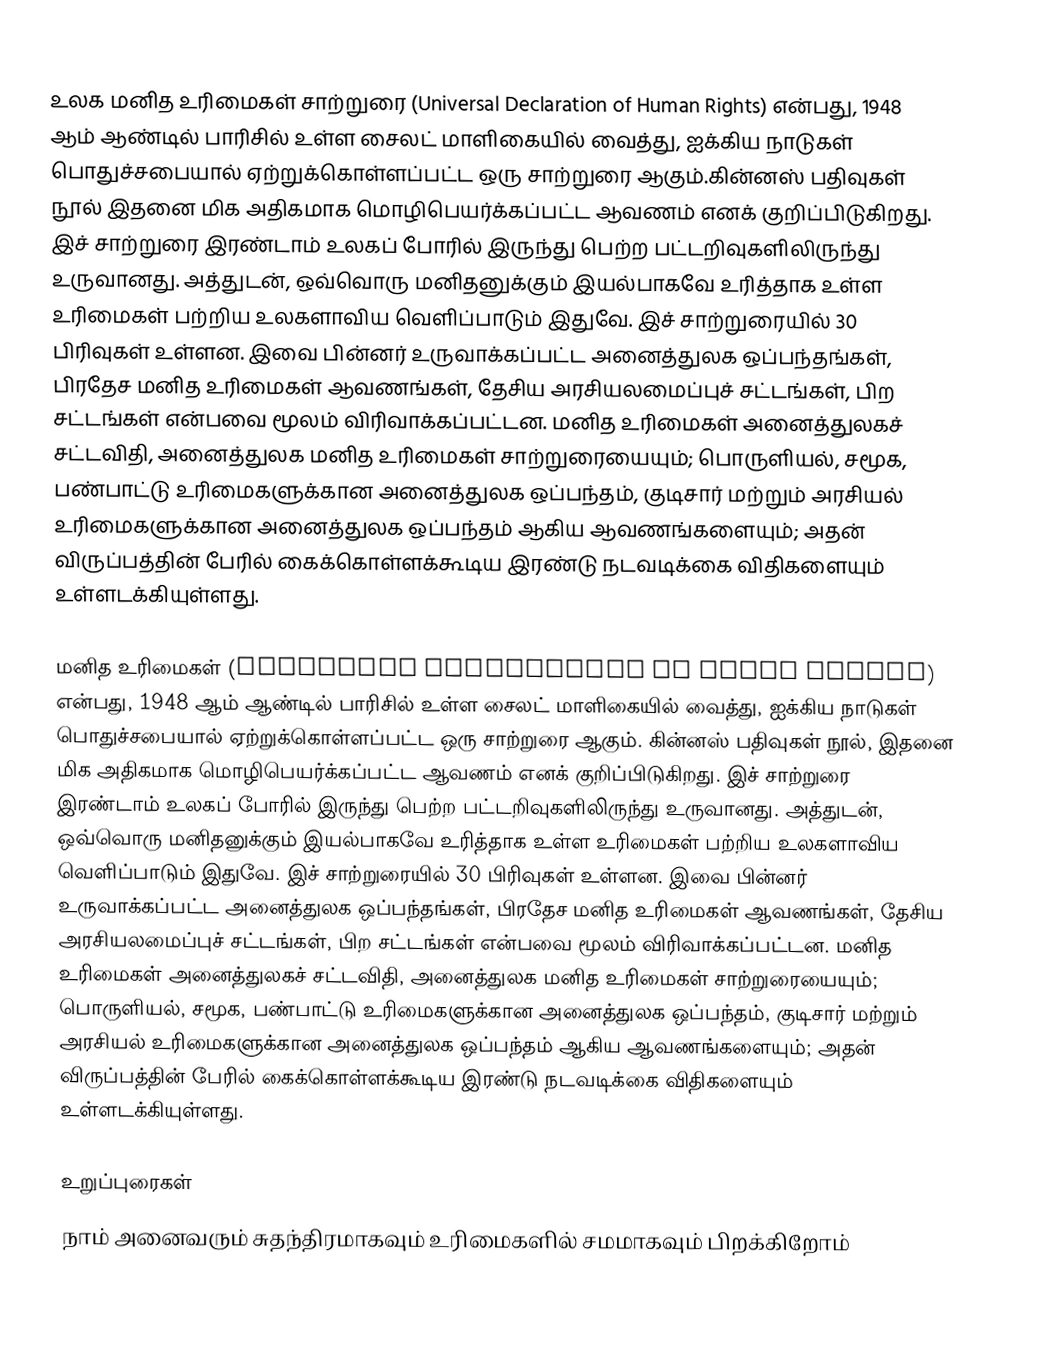
உலக மனித உரிமைகள் சாற்றுரை (Universal Declaration of Human Rights) என்பது, 1948 ஆம் ஆண்டில் பாரிசில் உள்ள சைலட் மாளிகையில் வைத்து, ஐக்கிய நாடுகள் பொதுச்சபையால் ஏற்றுக்கொள்ளப்பட்ட ஒரு சாற்றுரை ஆகும்.கின்னஸ் பதிவுகள் நூல் இதனை மிக அதிகமாக மொழிபெயர்க்கப்பட்ட ஆவணம் எனக் குறிப்பிடுகிறது. இச் சாற்றுரை இரண்டாம் உலகப் போரில் இருந்து பெற்ற பட்டறிவுகளிலிருந்து உருவானது. அத்துடன், ஒவ்வொரு மனிதனுக்கும் இயல்பாகவே உரித்தாக உள்ள உரிமைகள் பற்றிய உலகளாவிய வெளிப்பாடும் இதுவே. இச் சாற்றுரையில் 30 பிரிவுகள் உள்ளன. இவை பின்னர் உருவாக்கப்பட்ட அனைத்துலக ஒப்பந்தங்கள், பிரதேச மனித உரிமைகள் ஆவணங்கள், தேசிய அரசியலமைப்புச் சட்டங்கள், பிற சட்டங்கள் என்பவை மூலம் விரிவாக்கப்பட்டன. மனித உரிமைகள் அனைத்துலகச் சட்டவிதி, அனைத்துலக மனித உரிமைகள் சாற்றுரையையும்; பொருளியல், சமூக, பண்பாட்டு உரிமைகளுக்கான அனைத்துலக ஒப்பந்தம், குடிசார் மற்றும் அரசியல் உரிமைகளுக்கான அனைத்துலக ஒப்பந்தம் ஆகிய ஆவணங்களையும்; அதன் விருப்பத்தின் பேரில் கைக்கொள்ளக்கூடிய இரண்டு நடவடிக்கை விதிகளையும் உள்ளடக்கியுள்ளது.

மனித உரிமைகள் (Universal Declaration of Human Rights) என்பது, 1948 ஆம் ஆண்டில் பாரிசில் உள்ள சைலட் மாளிகையில் வைத்து, ஐக்கிய நாடுகள் பொதுச்சபையால் ஏற்றுக்கொள்ளப்பட்ட ஒரு சாற்றுரை ஆகும். கின்னஸ் பதிவுகள் நூல், இதனை மிக அதிகமாக மொழிபெயர்க்கப்பட்ட ஆவணம் எனக் குறிப்பிடுகிறது. இச் சாற்றுரை இரண்டாம் உலகப் போரில் இருந்து பெற்ற பட்டறிவுகளிலிருந்து உருவானது. அத்துடன், ஒவ்வொரு மனிதனுக்கும் இயல்பாகவே உரித்தாக உள்ள உரிமைகள் பற்றிய உலகளாவிய வெளிப்பாடும் இதுவே. இச் சாற்றுரையில் 30 பிரிவுகள் உள்ளன. இவை பின்னர் உருவாக்கப்பட்ட அனைத்துலக ஒப்பந்தங்கள், பிரதேச மனித உரிமைகள் ஆவணங்கள், தேசிய அரசியலமைப்புச் சட்டங்கள், பிற சட்டங்கள் என்பவை மூலம் விரிவாக்கப்பட்டன. மனித உரிமைகள் அனைத்துலகச் சட்டவிதி, அனைத்துலக மனித உரிமைகள் சாற்றுரையையும்; பொருளியல், சமூக, பண்பாட்டு உரிமைகளுக்கான அனைத்துலக ஒப்பந்தம், குடிசார் மற்றும் அரசியல் உரிமைகளுக்கான அனைத்துலக ஒப்பந்தம் ஆகிய ஆவணங்களையும்; அதன் விருப்பத்தின் பேரில் கைக்கொள்ளக்கூடிய இரண்டு நடவடிக்கை விதிகளையும் உள்ளடக்கியுள்ளது.

உறுப்புரைகள்
 நாம் அனைவரும் சுதந்திரமாகவும் உரிமைகளில் சமமாகவும் பிறக்கிறோம்